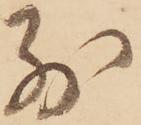
別